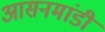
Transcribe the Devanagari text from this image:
आसनमांडी